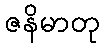
ဇနိမာတု